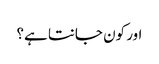
اور کون جانتا ہے؟